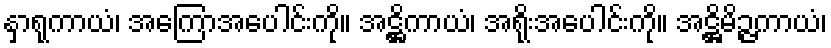
နှာရုကာယံ၊ အကြောအပေါင်းကို။ အဋ္ဌိကာယံ၊ အရိုးအပေါင်းကို။ အဋ္ဌိမိဉ္ဇကာယံ၊